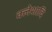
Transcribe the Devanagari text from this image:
क्लेशादि